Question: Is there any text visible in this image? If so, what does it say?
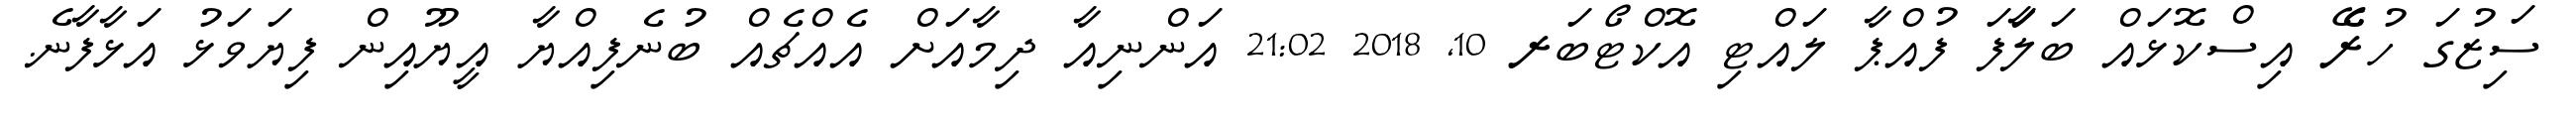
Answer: ސަިޒުގަ ހުރެޭ އިސްކޮޅައް ބަލަާފަ ފުއްޕާ ލައްޓި އޮކްޓޯބަރ 10, 2018 21:02 އަންނިއާ ދިމާއަށް އެއްޗެއް ބުނެފިއްޔާ އީޔޫއިން ފިޔަވަޅު އަޅާފާނެ.